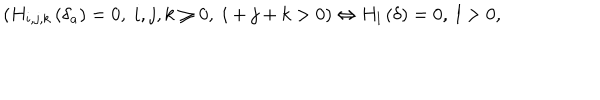
\left( H _ { i , j , k } \left( \delta _ { a } \right) = 0 , \; i , j , k \geq 0 , \; i + j + k > 0 \right) \Leftrightarrow H _ { l } \left( \delta \right) = 0 , \; l > 0 ,